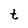
Character: t